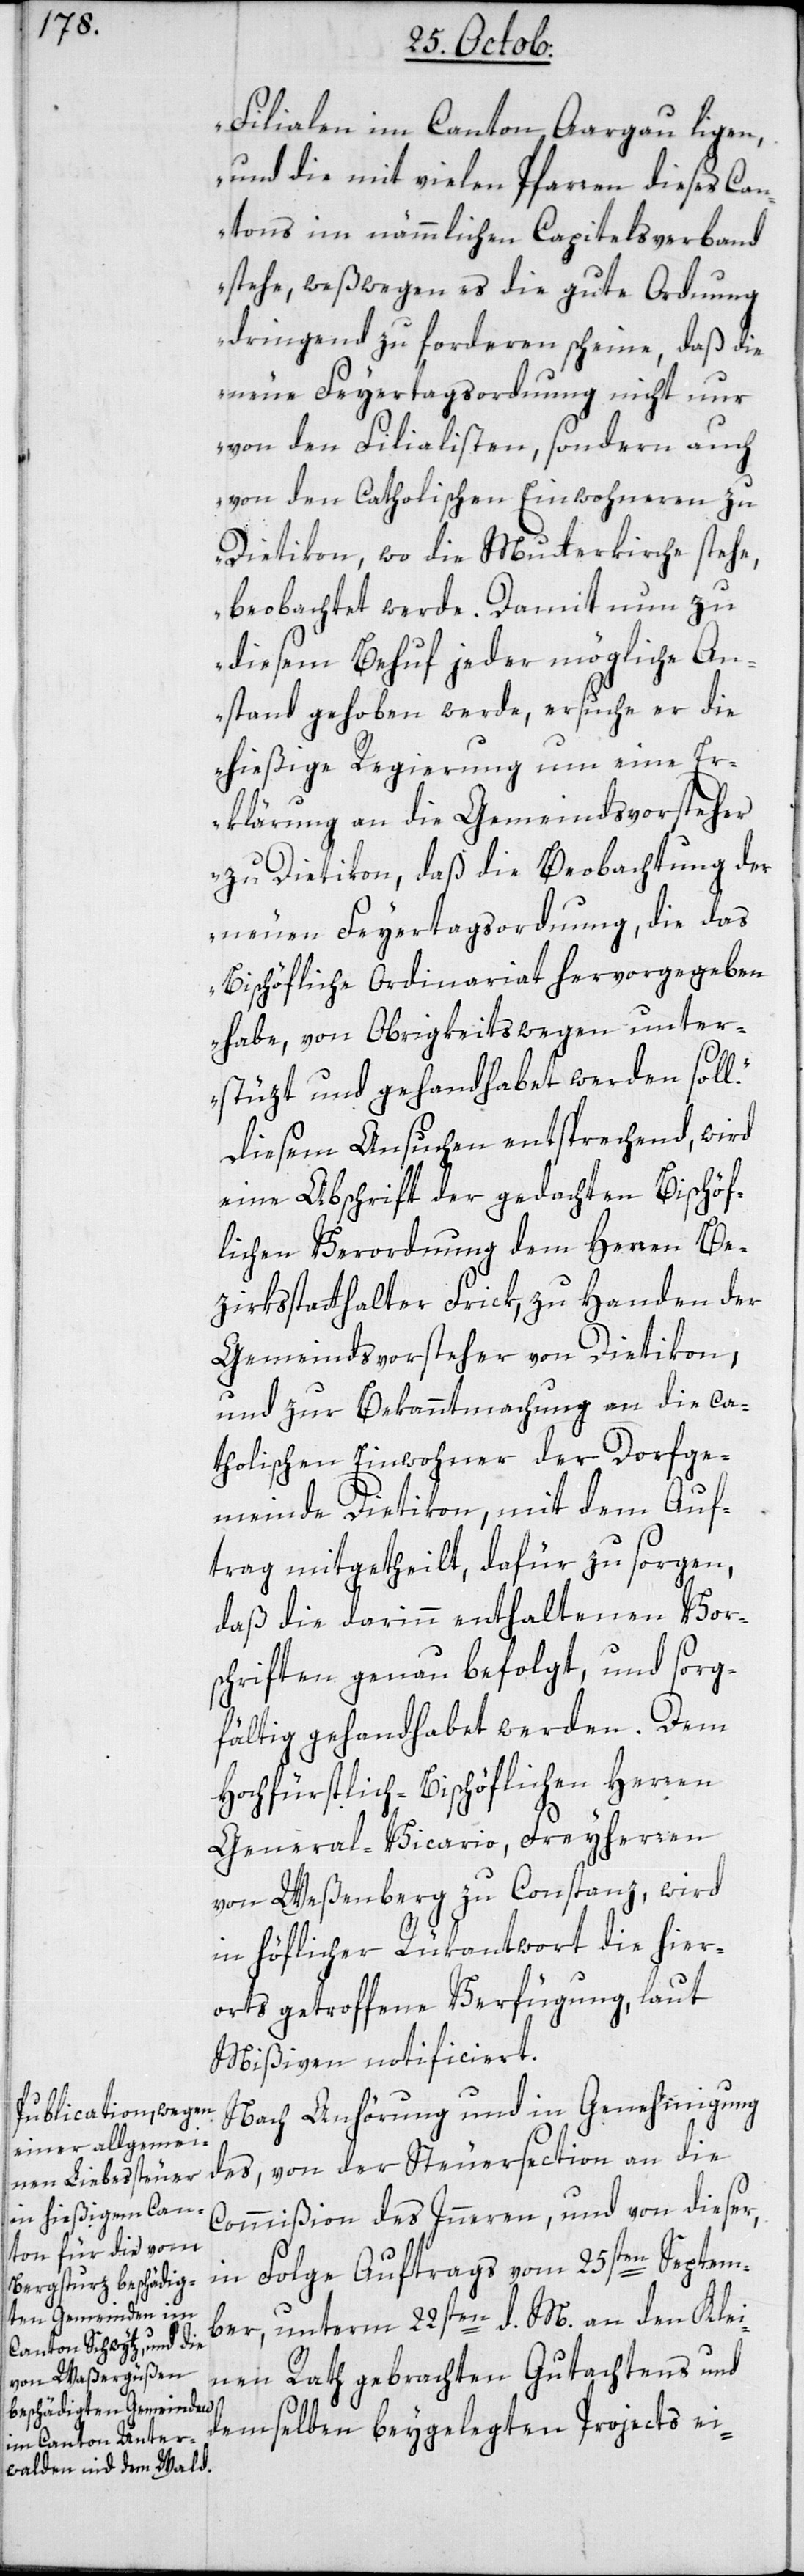
Filialen im Canton Aargau liegen,
und die mit vielen Pfarren dieses Can¬
tons im nämmlichen Capitelsverband
stehe, weßwegen es die gute Ordnung
dringend zu forderen scheine, daß die
neue Feyertagsordnung nicht nur
von den Filialisten, sondern auch
von den Catholischen Einwohneren zu
Dietikon, wo die Mutterkirche stehe,
beobachtet werde. Damit nun zu
diesem Behuf jeder mögliche An¬
stand gehoben werde, ersuche er die
hießige Regierung um eine Er¬
klärung an die Gemeindsvorsteher
zu Dietikon, daß die Beobachtung der
neuen Feyertagsordnung, die das
Bischöfliche Ordinariat hervorgegeben
habe, von Obrigkeitswegen unter¬
stüzt und gehandhabet werden soll“.
Diesem Ansuchen entsprechend, wird
eine Abschrift der gedachten Bischöf¬
lichen Verordnung dem Herren Be¬
zirksstatthalter Frick, zu Handen der
Gemeindsvorsteher von Dietikon,
und zur Bekanntmachung an die ca¬
tholischen Einwohner der Dorfge¬
meinde Dietikon, mit dem Auf¬
trag mitgetheilt, dafür zu sorgen,
daß die darin enthaltenen Vor¬
schriften genau befolgt, und sorg¬
fältig gehandhabet werden. Dem
Hochfürstlich-Bischöflichen Herren
General-Vicario, Freyherren
von Weßenberg zu Constanz, wird
in höflicher Rükantwort die hier¬
orts getroffene Verfügung laut
Mißiven notificiert.
Nach Anhörung und in Genehmigung
des, von der Steuersection an die
Commißion des Innern, und von dieser,
in Folge Auftrags vom 25sten Septem¬
ber, unterm 22sten d. M. an den Klei¬
nen Rath gebrachten Gutachtens und
demselben beygelegten Projects ei-